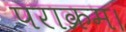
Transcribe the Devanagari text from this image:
पराक्रम।